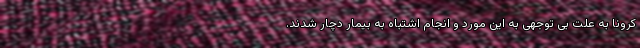
کرونا به علت بی توجهی به این مورد و انجام اشتباه به بیمار دچار شدند.